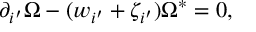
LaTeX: \partial _ { i ^ { \prime } } \Omega - ( w _ { i ^ { \prime } } + \zeta _ { i ^ { \prime } } ) \Omega ^ { \ast } = 0 ,